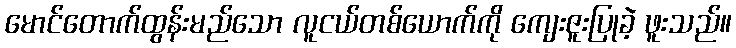
မောင်တောက်ထွန်းမည်သော လူငယ်တစ်ယောက်ကို ကျေးဇူးပြုခဲ့ ဖူးသည်။